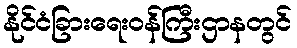
နိုင်ငံခြားရေးဝန်ကြီးဌာနတွင်